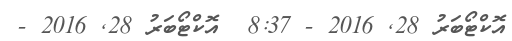
އޮކްޓޯބަރު 28